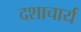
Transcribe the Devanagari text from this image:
दशाचार्य